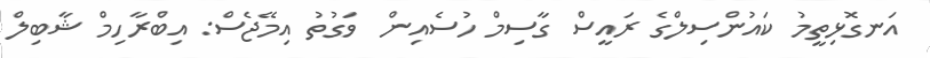
އަނގޮޅިތީމު ކައުންސިލްގެ ރައީސް ގާސިމް ހުސެއިން  ވަގުތު އިމޭޖެސް: އިބްރާހިމް ޝާބިލް